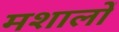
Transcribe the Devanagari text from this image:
मशालों